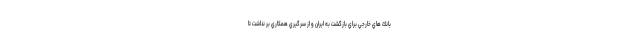
بانك هاي خارجي براي بازگشت به ايران و از سرگيري همكاري بر نداشت تا